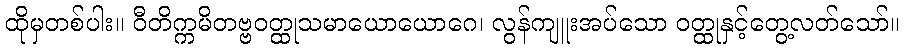
ထိုမှတစ်ပါး။ ဝီတိက္ကမိတဗ္ဗဝတ္ထုသမာယောယောဂေ၊ လွန်ကျူးအပ်သော ဝတ္ထုနှင့်တွေ့လတ်သော်။